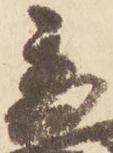
秀